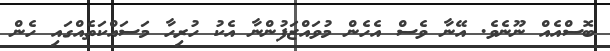
ބޮސްއެއް ނޫނެވެ. އޭނާ ވެސް އެހެން މުވައްޒަފުންނާ އެކު ހުރިހާ މަސައްކަތެއްގައި ހެން